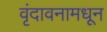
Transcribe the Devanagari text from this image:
वृंदावनामधून